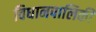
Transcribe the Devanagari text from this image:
विधानपालिकी